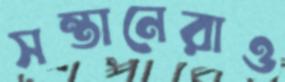
সন্তানেরাও